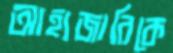
আহাজারিকে